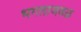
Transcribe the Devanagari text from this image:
भगताजवळ